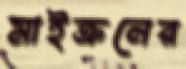
মাইক্রনের